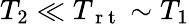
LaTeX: T_{2}\ll T_{\mathrm{~r~t~}}\sim T_{1}